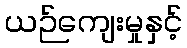
ယဉ်ကျေးမှုနှင့်